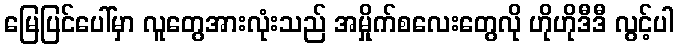
မြေပြင်ပေါ်မှာ လူတွေအားလုံးသည် အမှိုက်စလေးတွေလို ဟိုဟိုဒီဒီ လွင့်ပါ